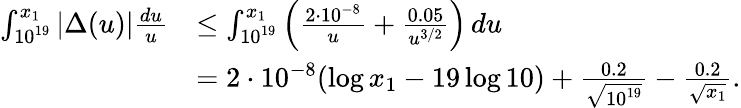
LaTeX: \begin{array}{rl}{\int_{10^{19}}^{x_{1}}|\Delta(u)|\frac{du}{u}}&{\leq\int_{10^{19}}^{x_{1}}\left(\frac{2\cdot 10^{-8}}{u}+\frac{0.05}{u^{3/2}}\right)\, du}\\ &{=2\cdot 10^{-8}(\log x_{1}-19\log 10)+\frac{0.2}{\sqrt{10^{19}}}-\frac{0.2}{\sqrt{x_{1}}}.}\end{array}